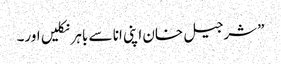
”شرجیل خان اپنی انا سے باہر نکلیں اور۔